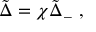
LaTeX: \tilde { \Delta } = \chi { \tilde { \Delta } } _ { - } \; ,